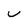
Character: v